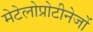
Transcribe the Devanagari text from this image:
मेटेलोप्रोटीनेजों